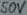
Text: 50V